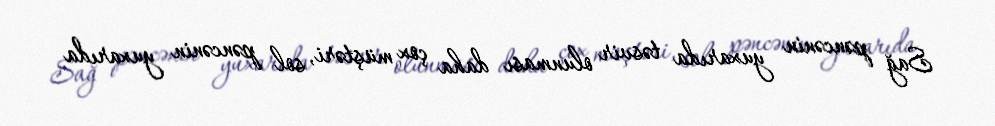
Sağ pəncənin yuxarıda təsvir olunması daha çox müştəri, sol pəncənin yuxarıda